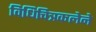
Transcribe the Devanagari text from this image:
विधिचित्रकलेने